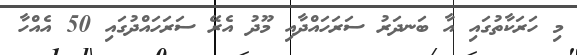
މި ހަރަކާތުގައި އާ ބަނދަރު ސަރަހައްދާއި މޫދު އެރޭ ސަރަހައްދުގައި 50 އެއްހާ